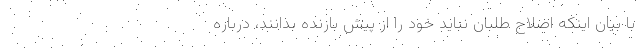
با بیان اینکه اصلاح طلبان نباید خود را از پیش بازنده بدانند، درباره